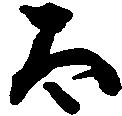
太